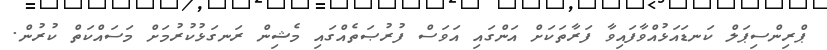
ޕްރިންސިޕަލް ކަނޑައަޅުއްވާފައިވާ ފަރާތަކަށް އަންގައި އަވަސް ފުރުޞަތެއްގައި މެޝިން ރަނގަޅުކުރުމަށް މަސައްކަތް ކުރުން.